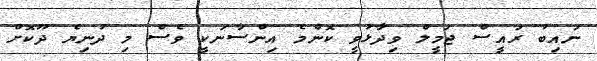
ނައިބު ރައީސް ޖަމީލް ވިދާޅުވީ ކޮންމެ އިންސާނަކީ ވެސް މި ދުނިޔެ ދޫކޮށް